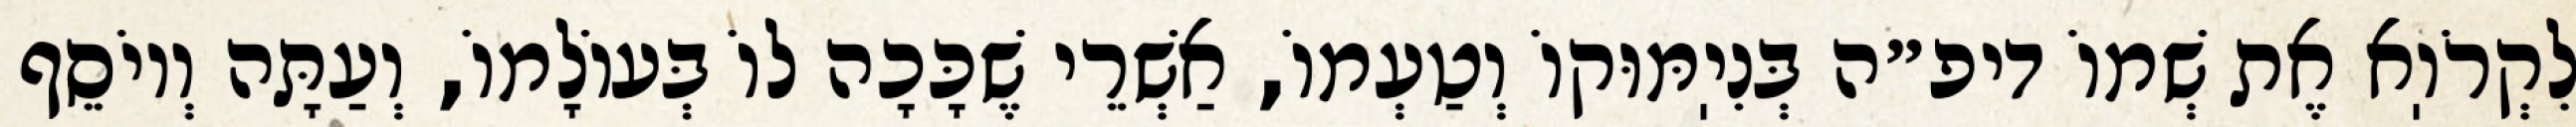
לִקְרֹוֽא אֶת שְׁמוֹ דיפ״ה בְּנִיֽמּוּקוֹ וְטַעְמוֹ, אַשְׁרֵי שֶׁכָּכָה לוֹ בְּעוֹלָמוֹ, וְעַתָּה וְיוֹסֵף